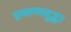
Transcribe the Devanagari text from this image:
प्रमाणसुद्धा